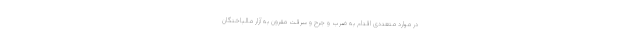
در موارد متعددی اقدام به ضرب و جرح و سرقت مقرون به آزار مالباختگان